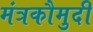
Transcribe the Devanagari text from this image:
मंत्रकौमुदी